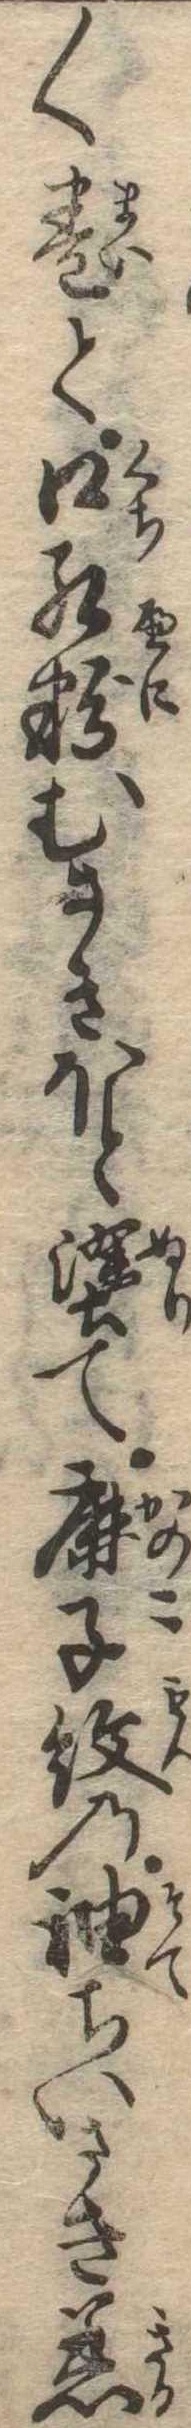
〱巻て口紅粉むさきほと塗て鹿子紋の袖ちいさき着